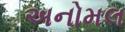
અનોમલ